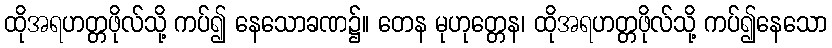
ထိုအရဟတ္တဖိုလ်သို့ ကပ်၍ နေသောခဏ၌။ တေန မုဟုတ္တေန၊ ထိုအရဟတ္တဖိုလ်သို့ ကပ်၍နေသော